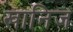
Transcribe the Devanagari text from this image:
खानिज